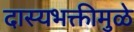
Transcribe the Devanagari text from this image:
दास्यभक्तीमुळे